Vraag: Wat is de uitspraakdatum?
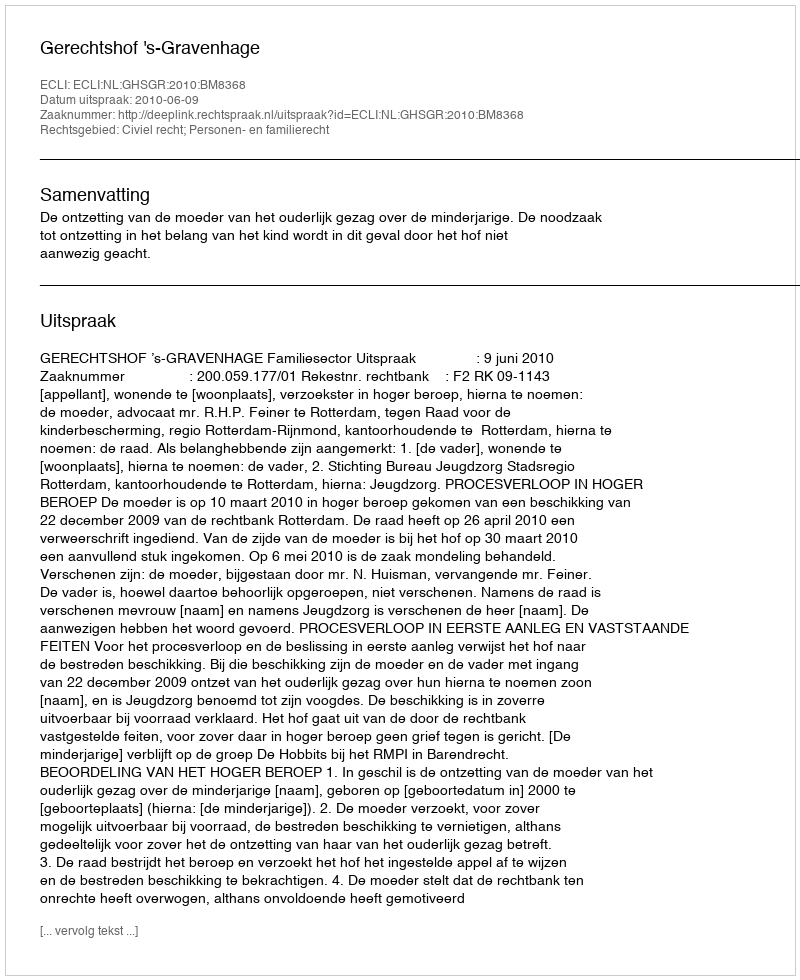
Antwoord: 2010-06-09